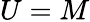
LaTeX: U=M